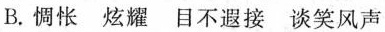
B. 惆怅 炫耀 目不遐接 谈笑风声